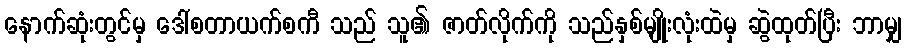
နောက်ဆုံးတွင်မှ ဒေါ်စတာယက်စကီ သည် သူ၏ ဇာတ်လိုက်ကို သည်နှစ်မျိုးလုံးထဲမှ ဆွဲထုတ်ပြီး ဘာမျှ